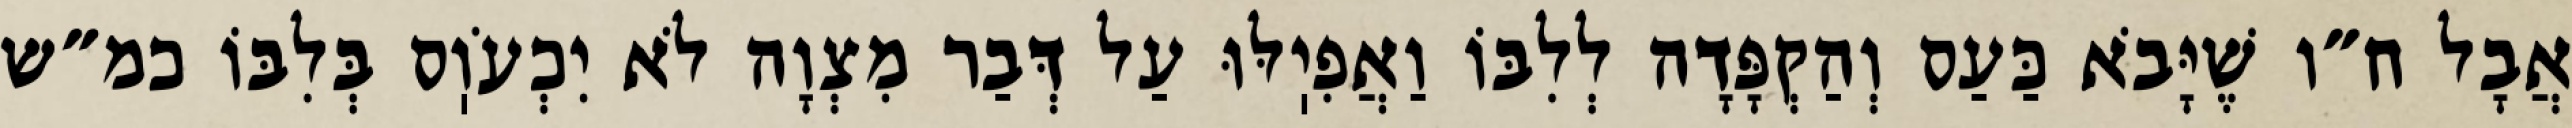
אֲבָל ח״ו שֶׁיָּבֹא כַּעַס וְהַקְפָּדָה לְלִבּוֹ וַאֲפִיֽלּוּ עַל דְּבַר מִצְוָה לֹא יִכְעֹוֽס בְּלִבּוֹ כמ״ש